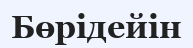
Бөрідейін